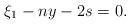
LaTeX: \begin{align*} \xi_1-ny-2s = 0.\end{align*}